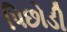
પિછોડી